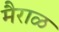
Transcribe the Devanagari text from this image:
मैराळ